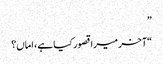
”
“آخر میرا قصور کیا ہے، اماں؟